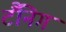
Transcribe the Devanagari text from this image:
टैंनिग